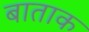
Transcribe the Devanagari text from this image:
बाताक